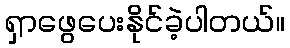
ရှာဖွေပေးနိုင်ခဲ့ပါတယ်။